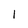
Character: 1